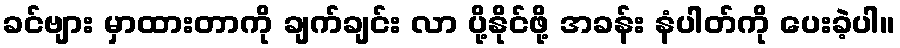
ခင်ဗျား မှာထားတာကို ချက်ချင်း လာ ပို့နိုင်ဖို့ အခန်း နံပါတ်ကို ပေးခဲ့ပါ။